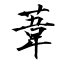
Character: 葦